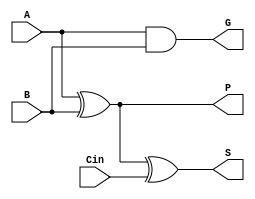
// a 1-bit full adder

module fulladder1(A, B, Cin, S, P, G);
	input A, B, Cin;
	output S, P, G;

    assign S = (A ^ B) ^ Cin;
    assign P = A ^ B;
    assign G = A & B;
endmodule